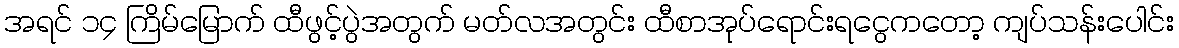
အရင် ၁၄ ကြိမ်မြောက် ထီဖွင့်ပွဲအတွက် မတ်လအတွင်း ထီစာအုပ်ရောင်းရငွေကတော့ ကျပ်သန်းပေါင်း